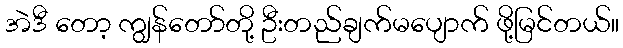
အဲဒီ တော့ ကျွန်တော်တို့ ဦးတည်ချက်မပျောက် ဖို့မြင်တယ်။